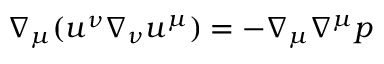
\nabla _ { \mu } ( u ^ { \nu } \nabla _ { \nu } u ^ { \mu } ) = - \nabla _ { \mu } \nabla ^ { \mu } p